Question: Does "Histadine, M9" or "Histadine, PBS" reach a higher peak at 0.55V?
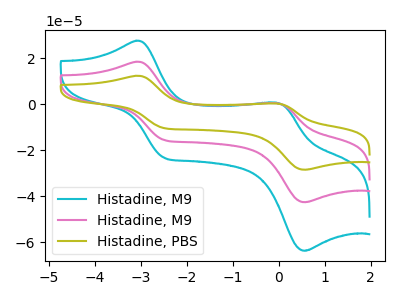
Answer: <think>The cyan curve "Histadine, M9" has anodic peaks at (-3.10V, 36.85uA) (-0.05V, 0.90uA) and cathodic peaks at (-2.50V, -31.20uA) (0.55V, -85.10uA). The pink curve "Histadine, M9" has anodic peaks at (-3.10V, 18.45uA) (-0.05V, 0.45uA) and cathodic peaks at (-2.50V, -15.60uA) (0.55V, -42.55uA). The olive curve "Histadine, PBS" has anodic peaks at (-3.10V, 12.35uA) (-0.05V, 0.30uA) and cathodic peaks at (-2.50V, -10.45uA) (0.55V, -28.45uA).</think>
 <answer>The peak at 0.55V is higher in "Histadine, M9" than in "Histadine, PBS".</answer>
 <eval>higher</eval>